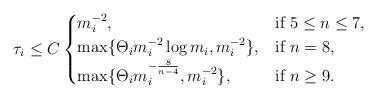
LaTeX: \begin{align*}\tau_i \le C \begin{cases}m_i^{-2},& \mbox{if }5\le n\le 7, \\\max\{ \Theta_i m_i^{-2}\log m_i,m_i^{-2}\},& \mbox{if }n=8,\\\max\{ \Theta_i m_i^{-\frac{8}{n-4}},m_i^{-2}\},& \mbox{if }n\ge 9.\end{cases}\end{align*}